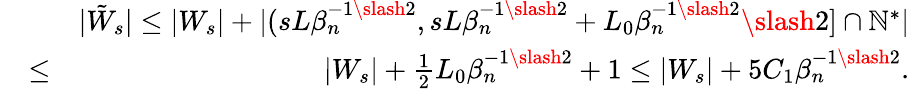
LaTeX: \begin{array}{rlr}&{}&{|\tilde{W}_{s}|\leq|W_{s}|+|(sL\beta_{n}^{-1\slash 2},sL\beta_{n}^{-1\slash 2}+L_{0}\beta_{n}^{-1\slash 2}\slash 2]\cap\mathbb{N}^{*}|}\\ &{\leq}&{|W_{s}|+\frac{1}{2}L_{0}\beta_{n}^{-1\slash 2}+1\leq|W_{s}|+5C_{1}\beta_{n}^{-1\slash 2}.}\end{array}